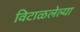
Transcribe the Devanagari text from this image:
विटाळलेल्या